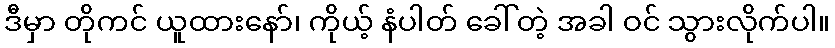
ဒီမှာ တိုကင် ယူထားနော်၊ ကိုယ့် နံပါတ် ခေါ်တဲ့ အခါ ဝင် သွားလိုက်ပါ။